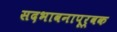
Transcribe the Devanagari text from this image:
सदभावनापूर्वक